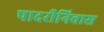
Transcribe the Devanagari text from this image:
पादरीनिवास